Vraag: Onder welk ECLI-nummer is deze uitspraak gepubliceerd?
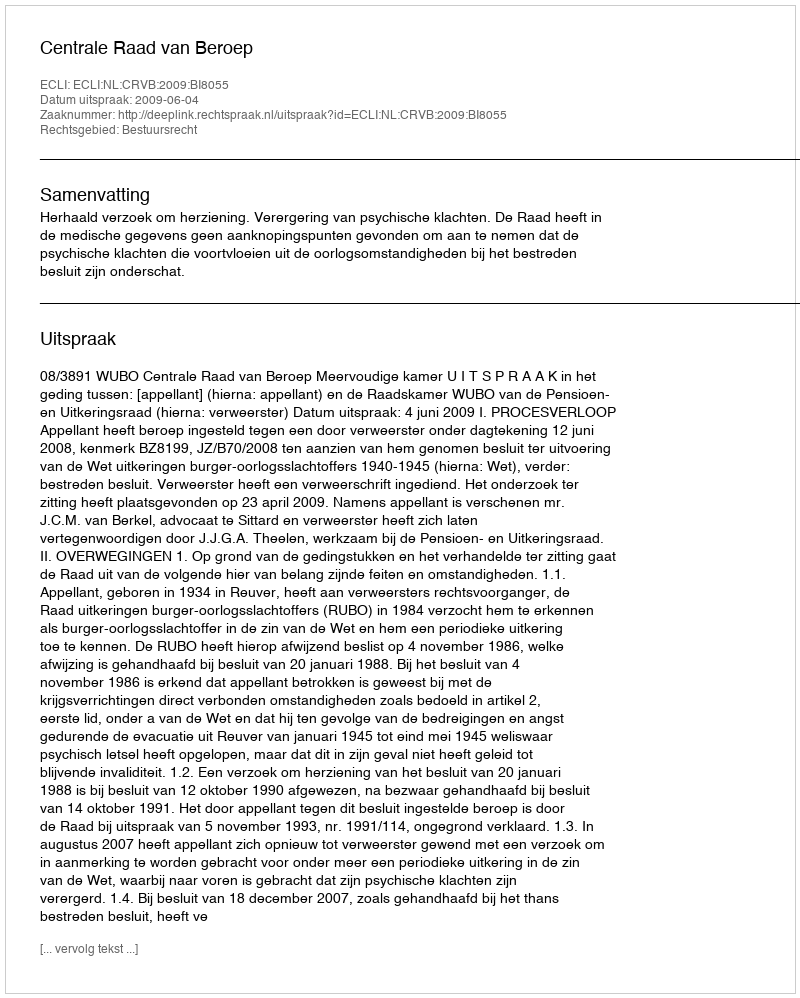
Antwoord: ECLI:NL:CRVB:2009:BI8055